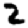
Digit: 2